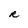
Character: R